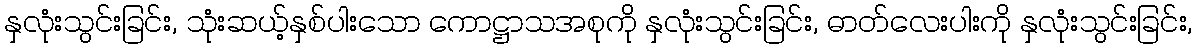
နှလုံးသွင်းခြင်း, သုံးဆယ့်နှစ်ပါးသော ကောဋ္ဌာသအစုကို နှလုံးသွင်းခြင်း, ဓာတ်လေးပါးကို နှလုံးသွင်းခြင်း,